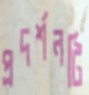
প্রদর্শনটি